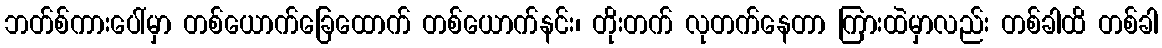
ဘတ်စ်ကားပေါ်မှာ တစ်ယောက်ခြေထောက် တစ်ယောက်နင်း၊ တိုးတက် လုတက်နေတာ ကြားထဲမှာလည်း တစ်ခါထိ တစ်ခါ